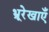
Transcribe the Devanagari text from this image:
भ्रूरेखाएँ